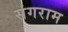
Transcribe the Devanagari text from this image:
संगराम